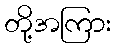
တို့အကြား